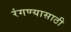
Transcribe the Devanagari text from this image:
रंगण्यासाठी